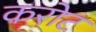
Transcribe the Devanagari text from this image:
करोट